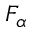
F _ { \alpha }